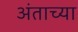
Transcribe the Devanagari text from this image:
अंताच्या